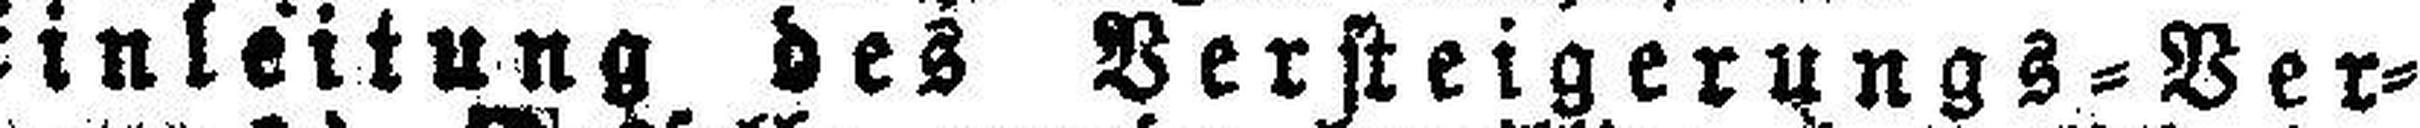
(Einleitung des Versteigerungs = Ver¬